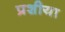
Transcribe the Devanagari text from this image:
प्रशीया